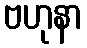
ဗဟုနာ